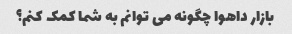
بازار داهوا چگونه می توانم به شما کمک کنم؟